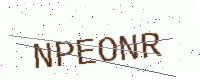
Text: NPEONR